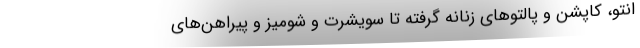
انتو‌، کاپشن و پالتوهای زنانه گرفته تا سویشرت و شومیز و پیراهن‌های